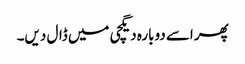
پھر اسے دوبارہ دیگچی میں ڈال دیں۔